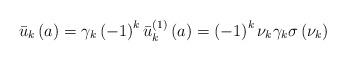
LaTeX: \begin{align*}\bar{u}_{k}\left( a\right) =\gamma _{k}\left( -1\right) ^{k}\bar{u}_{k}^{\left( 1\right) }\left( a\right) =\left( -1\right) ^{k}\nu _{k}\gamma_{k}\sigma \left( \nu _{k}\right) \end{align*}